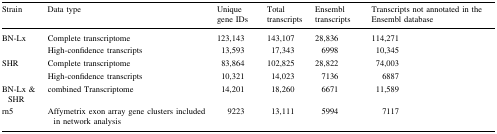
| Strain | Data type | Unique gene IDs | Total transcripts | Ensembl transcripts | Transcripts not annotated in the Ensembl database |
 | --- | --- | --- | --- | --- | --- |
 | BN-Lx | Complete transcriptome | 123,143 | 143,107 | 28,836 | 114,271 |
 |  | High-confidence transcripts | 13,593 | 17,343 | 6998 | 10,345 |
 | SHR | Complete transcriptome | 83,864 | 102,825 | 28,822 | 74,003 |
 |  | High-confidence transcripts | 10,321 | 14,023 | 7136 | 6887 |
 | BN-Lx & SHR | combined Transcriptome | 14,201 | 18,260 | 6671 | 11,589 |
 | rn5 | Affymetrix exon array gene clusters included in network analysis | 9223 | 13,111 | 5994 | 7117 |